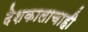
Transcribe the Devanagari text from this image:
देशकालाचाही